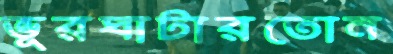
ভূরঘাটারতোন